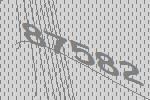
87582